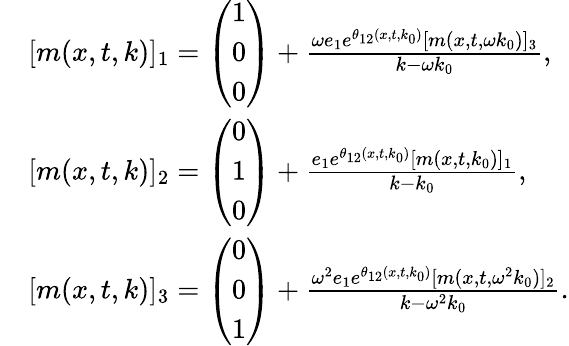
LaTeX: \begin{array}{rl}&{[m(x,t,k)]_{1}=\left(\begin{array}{l}{1}\\ {0}\\ {0}\end{array}\right)+\frac{\omega e_{1}e^{\theta_{12}(x,t,k_{0})}[m(x,t,\omega k_{0})]_{3}}{k-\omega k_{0}},}\\ &{[m(x,t,k)]_{2}=\left(\begin{array}{l}{0}\\ {1}\\ {0}\end{array}\right)+\frac{e_{1}e^{\theta_{12}(x,t,k_{0})}[m(x,t,k_{0})]_{1}}{k-k_{0}},}\\ &{[m(x,t,k)]_{3}=\left(\begin{array}{l}{0}\\ {0}\\ {1}\end{array}\right)+\frac{\omega^{2}e_{1}e^{\theta_{12}(x,t,k_{0})}[m(x,t,\omega^{2}k_{0})]_{2}}{k-\omega^{2}k_{0}}.}\end{array}